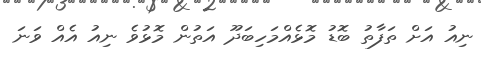
ނިއު އަށް ތަފާތު ބޮޑު މޮޅެއްމަހިބަދޫ އަތުން މޮޅުވެ ނިއު އެއް ވަނަ